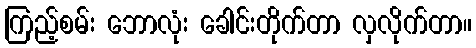
ကြည့်စမ်း ဘောလုံး ခေါင်းတိုက်တာ လှလိုက်တာ။